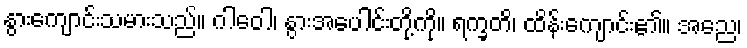
နွားကျောင်းသမားသည်။ ဂါဝေါ၊ နွားအပေါင်းတို့ကို။ ရက္ခတိ၊ ထိန်းကျောင်း၏။ အညေ၊